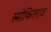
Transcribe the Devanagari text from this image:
स्मोकिलाज